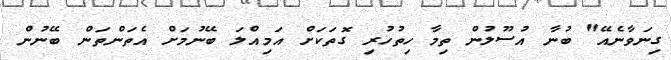
ގިނަވާނެއޭ" ބުނާ އުސޫލުން ތިމާ ހިތުހުރި ގޮތަކަށް އަމިއްލަ ބޭނުމަށް އެތަންތަން ބޭނުން